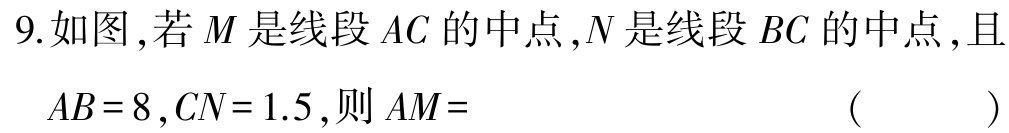
9.如图,若\(M\)是线段\(AC\)的中点,\(N\)是线段\(BC\)的中点,且\(AB = 8,CN = 1.5\),则\(AM=\) （  ）